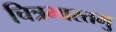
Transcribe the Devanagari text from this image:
चित्रभारतमु